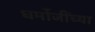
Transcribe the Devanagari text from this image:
धर्मोजींच्या